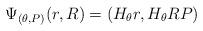
LaTeX: \begin{align*} \Psi_{(\theta,P)}(r,R) = (H_\theta r ,H_\theta RP) \end{align*}